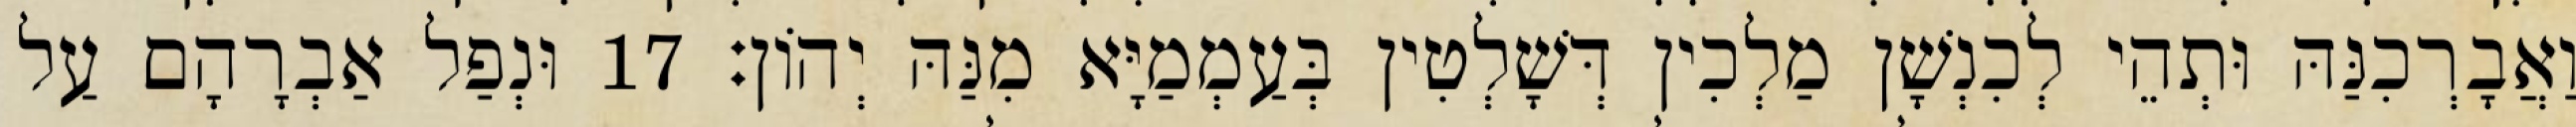
וַאֲבָרְכִנַּהּ וּתְהֵי לְכִנְשָׁן מַלְכִין דְּשָׁלְטִין בְּעַמְמַיָּא מִנַּהּ יְהוֹן׃ 17 וּנְפַל אַבְרָהָם עַל